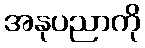
အနုပညာကို